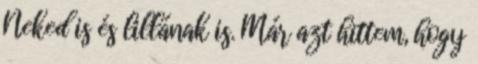
Neked is és lillának is. Már azt hittem, hogy